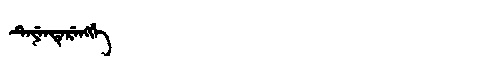
Manchu: ᡨᡝᠶᡝᠨᡩᡝᡵᡝᠩᡤᡝ
Romanization: TEYENDERENGGE